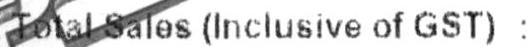
TOTAL SALES (INCLUSIVE OF GST) :